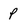
Character: p